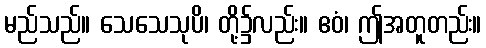
မည်သည်။ သေသေသုပိ၊ တို့၌လည်း။ ဧဝံ၊ ဤအတူတည်း။